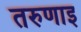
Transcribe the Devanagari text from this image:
तरुणाइ